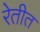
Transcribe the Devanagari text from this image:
रेतीत